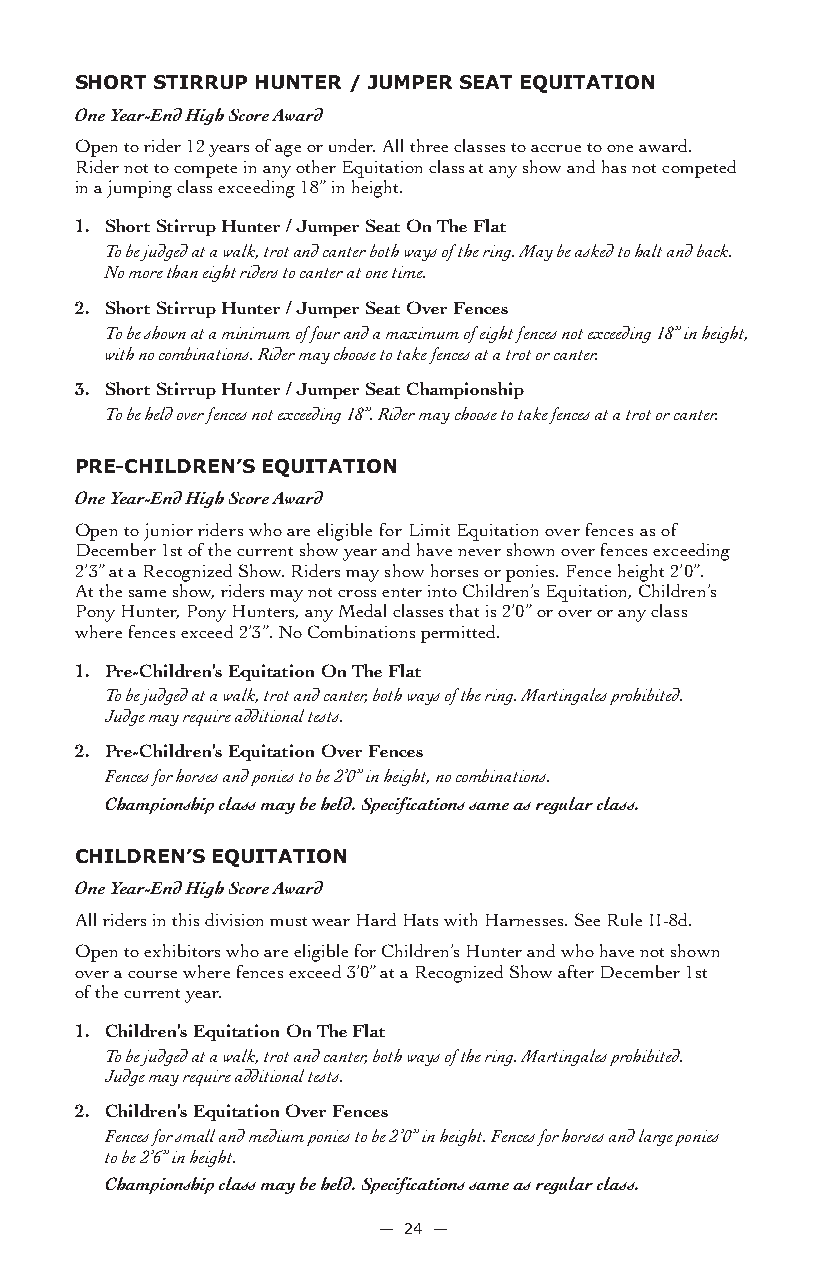
sHorT sTirrUP HUnTer / JUMPer seaT eQUiTaTion
 One Year-End High Score Award
 Open to rider 12 years of age or under. All three classes to accrue to one award.
 Rider not to compete in any other Equitation class at any show and has not competed
 in a jumping class exceeding 18” in height.
 1. Short Stirrup Hunter / Jumper Seat On The Flat
 To be judged at a walk, trot and canter both ways of the ring. May be asked to halt and back.
 No more than eight riders to canter at one time.
 2. Short Stirrup Hunter / Jumper Seat Over Fences
 To be shown at a minimum of four and a maximum of eight fences not exceeding 18” in height,
 with no combinations. Rider may choose to take fences at a trot or canter.
 3. Short Stirrup Hunter / Jumper Seat Championship
 To be held over fences not exceeding 18”. Rider may choose to take fences at a trot or canter.
 Pre-CHiLDren’s eQUiTaTion
 One Year-End High Score Award
 Open to junior riders who are eligible for Limit Equitation over fences as of
 December 1st of the current show year and have never shown over fences exceeding
 2’3” at a Recognized Show. Riders may show horses or ponies. Fence height 2’0”.
 At the same show, riders may not cross enter into Children’s Equitation, Children’s
 Pony Hunter, Pony Hunters, any Medal classes that is 2’0” or over or any class
 where fences exceed 2’3”. No Combinations permitted.
 1. Pre-Children’s Equitation On The Flat
 To be judged at a walk, trot and canter, both ways of the ring. Martingales prohibited.
 Judge may require additional tests.
 2. Pre-Children’s Equitation Over Fences
 Fences for horses and ponies to be 2’0” in height, no combinations.
 Championship class may be held. Specifications same as regular class.
 CHiLDren’s eQUiTaTion
 One Year-End High Score Award
 All riders in this division must wear Hard Hats with Harnesses. See Rule II-8d.
 Open to exhibitors who are eligible for Children’s Hunter and who have not shown
 over a course where fences exceed 3’0” at a Recognized Show after December 1st
 of the current year.
 1. Children’s Equitation On The Flat
 To be judged at a walk, trot and canter, both ways of the ring. Martingales prohibited.
 Judge may require additional tests.
 2. Children’s Equitation Over Fences
 Fences for small and medium ponies to be 2’0” in height. Fences for horses and large ponies
 to be 2’6” in height.
 Championship class may be held. Specifications same as regular class.
 — 24 —